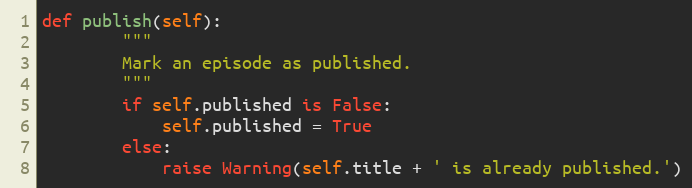
Language: Python
def publish(self):
        """
        Mark an episode as published.
        """
        if self.published is False:
            self.published = True
        else:
            raise Warning(self.title + ' is already published.')